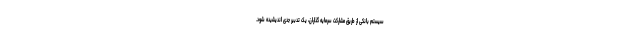
سیستم بانکی از طریق مشارکت سرمایه گذاران، یک تدبیر جدی اندیشیده شود.